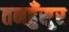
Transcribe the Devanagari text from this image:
तनहुँसुर